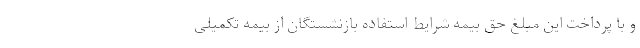
و با پرداخت این مبلغ حق بیمه شرایط استفاده بازنشستگان از بیمه تکمیلی